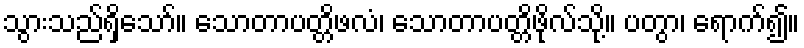
သွားသည်ရှိသော်။ သောတာပတ္တိဖလံ၊ သောတာပတ္တိဖိုလ်သို့။ ပတွာ၊ ရောက်၍။